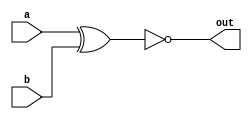
// The bitwise-XOR operator is ^. There is no logical-XOR operator.
// XNOR 1,  
// bitwiselogical
// bitwise operatorvector

module top_module( 
  input a, 
  input b, 
  output out );
  
  assign out = ~(a ^ b);

endmodule